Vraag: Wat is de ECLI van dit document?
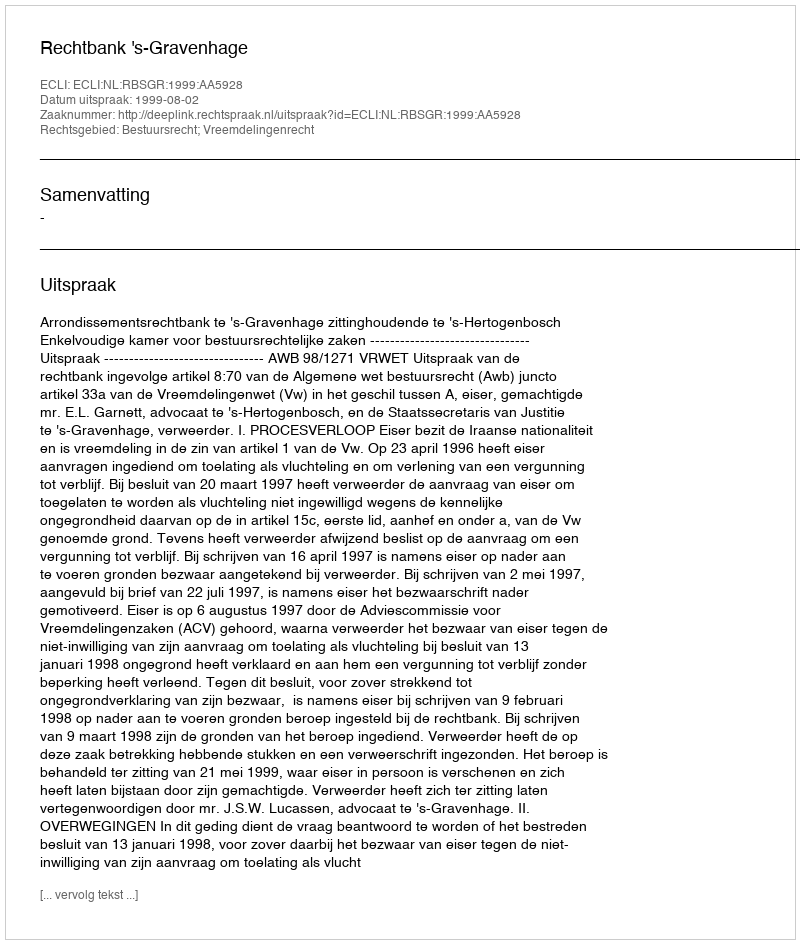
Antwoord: ECLI:NL:RBSGR:1999:AA5928